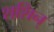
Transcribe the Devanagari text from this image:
शशिन्‌